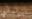
يرسلني